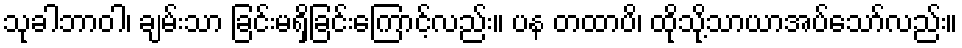
သုခါဘာဝါ၊ ချမ်းသာ ခြင်းမရှိခြင်းကြောင့်လည်း။ ပန တထာပိ၊ ထိုသို့သာယာအပ်သော်လည်း။